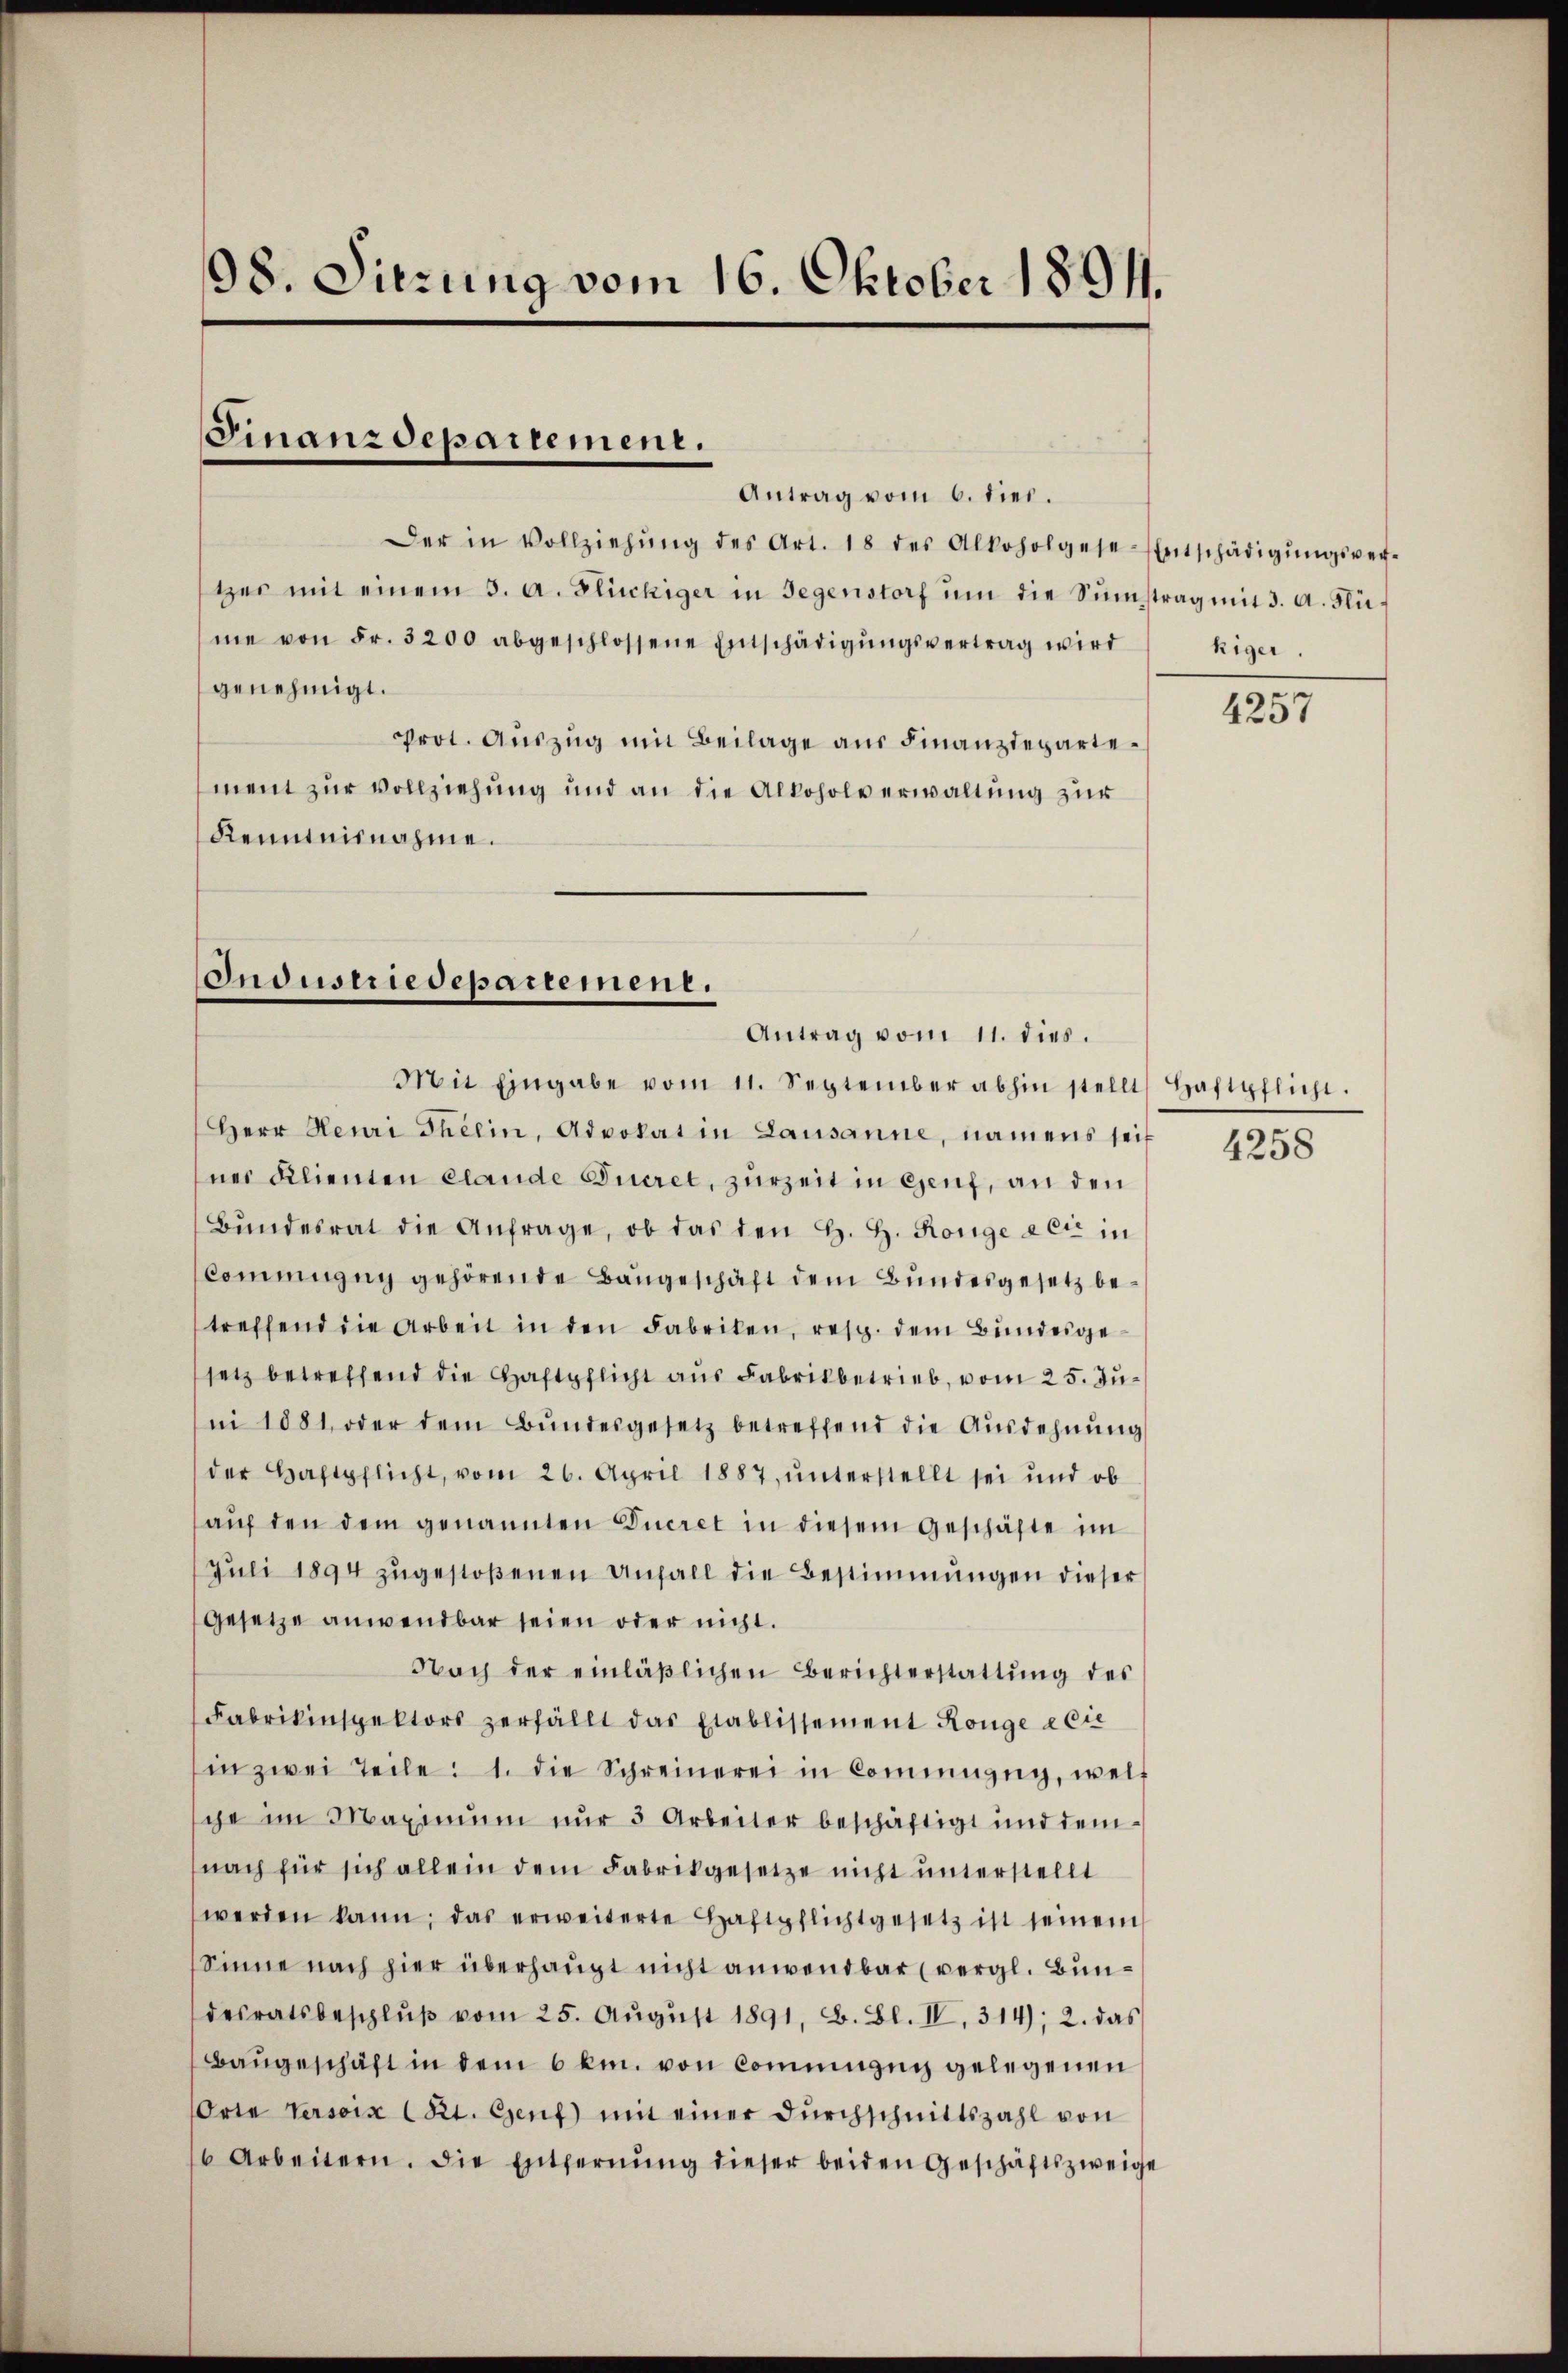
98. Sitzung vom 16. Oktober 1891.

Finanzdepartement.

Antrag vom 6. dies.
Der in Vollziehŭng des Art. 18 des Alkoholgese-Entschädigŭngsver-
tzer mit einem 3. a. Glückiger in Gegenstorf ŭm die Sŭmstrag mit 3. A. Flüme von Fr. 3200 abgeschlossene Entschädigŭngsvertrag wird eiger.
genehmigt.
Prot. Aŭszŭg mit Beilage aus Finanzdepartement zur vollziehung und an die Alkoholverwaltung zur
Renntnisnahme.

Industriedepartement.
Antrag vom 11. dies.

Mit Eingabe vom 11. September abhin stellt Haftpflicht.
Herr Heuri Theein, Advokat in Lausanne, namens seit
ner Klienten elande Eueret, zurzeit in Genf, an den
Bŭndesrat die Anfrage, ob das den H. H. Könige a Cie in
Commugug gehörende Baugeschäft dem Bundesgesetz betreffend die Arbeit in den Fabriken, resp. dem Bundesgesetz betreffend die Haftpflicht aus Fabrikbetrieb, vom 25. Juni 1881, oder dem Bŭndesgesetz betreffend die Ausdehnung
der Haftpflicht, vom 26. April 1887, unterstellt sei und ob
aŭf den dem genannten Ducret in diesem Geschäfte im
Jŭli 1894 zŭgestoßenen Anfall die Bestimmungen dieser
Gesetze anwendbar seien oder nicht.
Nach der einläβlichen Berichterstattŭng des
Fabrikinspektors zerfällt das Etablissement Könge & Cie
in zwei Teile: 1. die Schreinerei in Commung, welge im Maximum nur 3 Arbeiter beschäftigt und dem
nach für sich allein dem Fabrikgesetze nicht unterstellt
werden kann, das erweiterte Haftpflichtgesetz ist seinem
Sinne nach hier überhaupt nicht anwendbar (vergl. Bundesratsbeschlŭβ vom 25. Aŭgŭst 1891, B. Bl. IV, 314); 2. das
Baugeschäft in dem 6 km. von Comminzig gelegenen
Orte Versoix Rt. Genf mit einer Dŭrchschnittszahl von
6 Arbeitern. Die Entfernŭng dieser beiden Geschäftszweige

4257

4258